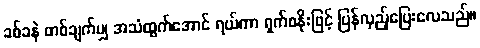
ခစ်ခနဲ တစ်ချက်မျှ အသံထွက်အောင် ရယ်ကာ ရှက်စနိုးဖြင့် ပြန်လှည့်ပြေးလေသည်။